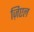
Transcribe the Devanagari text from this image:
ज़िएल